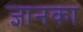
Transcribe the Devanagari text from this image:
ज्ञानका